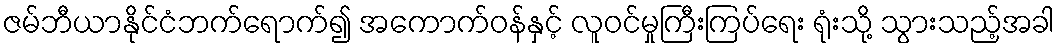
ဇမ်ဘီယာနိုင်ငံဘက်ရောက်၍ အကောက်ဝန်နှင့် လူဝင်မှုကြီးကြပ်ရေး ရုံးသို့ သွားသည့်အခါ